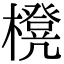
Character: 櫈